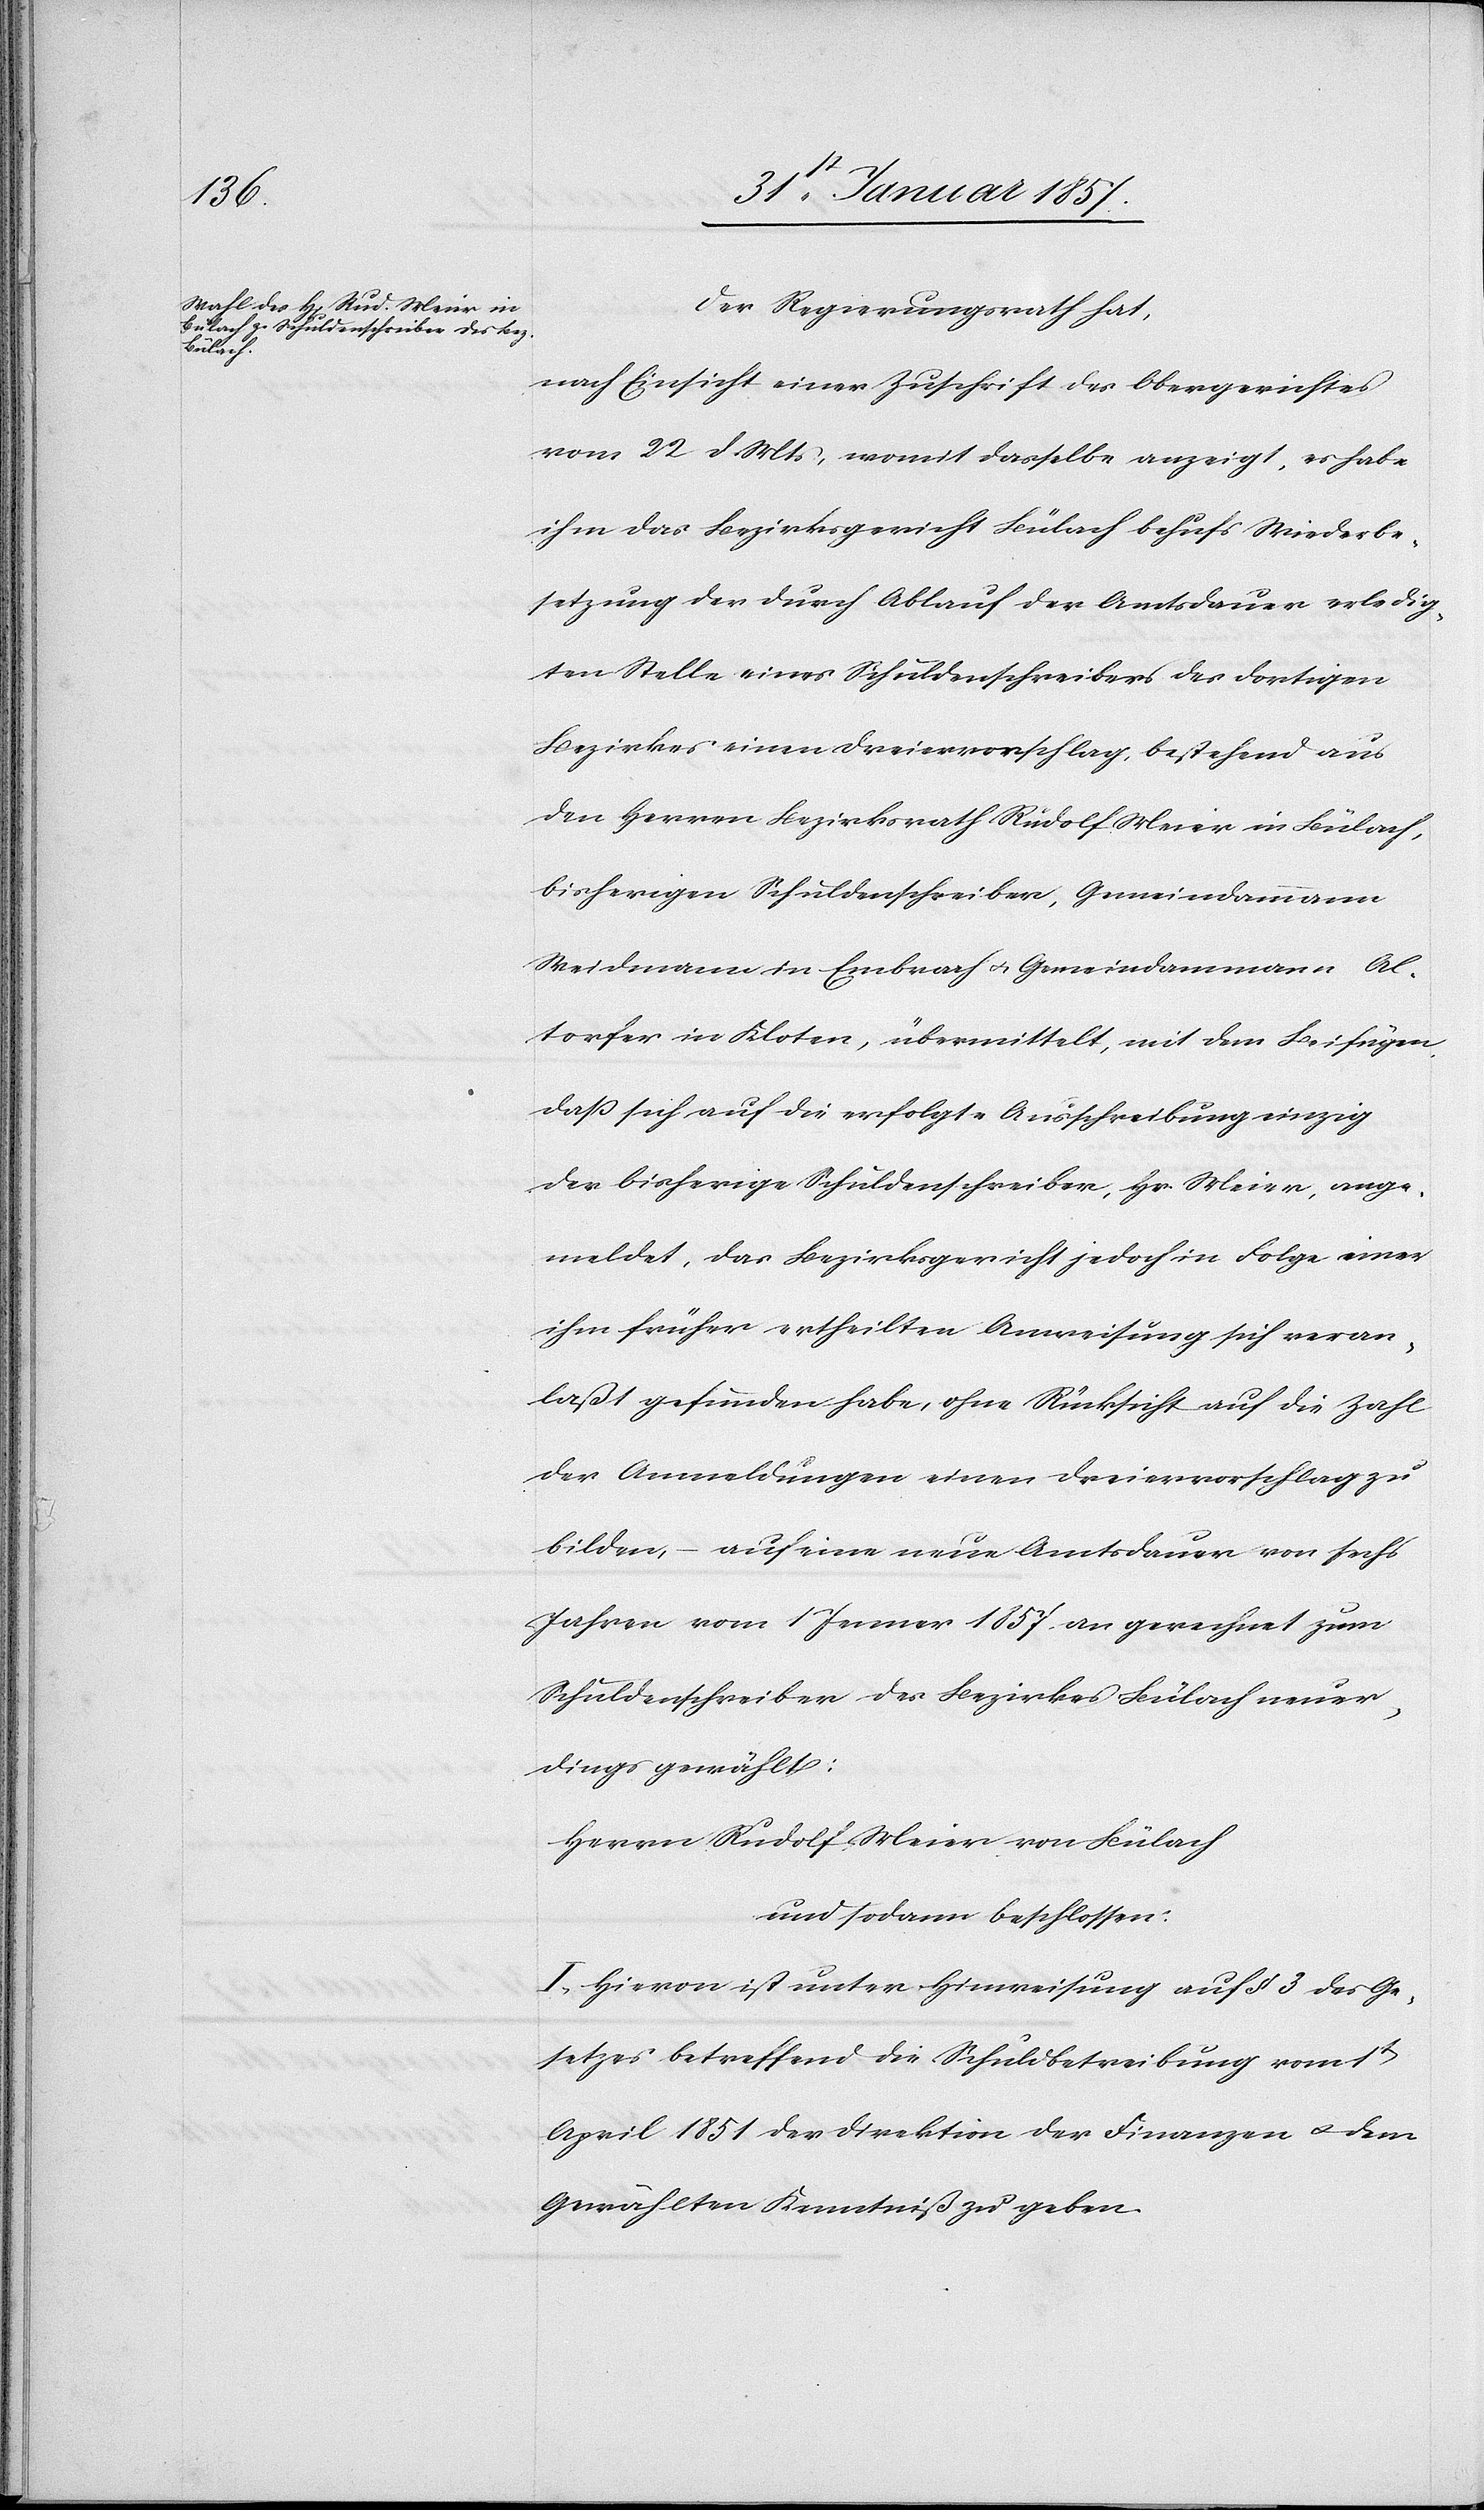
Der Regierungsrath hat,
nach Einsicht einer Zuschrift des Obergerichtes
vom 22 d. Mts, womit dasselbe anzeigt, es habe
ihm das Bezirksgericht Bülach behufs Wiederbe¬
setzung der durch Ablauf der Amtsdauer erledig¬
ten Stelle eines Schuldenschreiber des dortigen
Bezirkes einen Dreiervorschlag, bestehend aus
den Herren Bezirksrath Rudolf Meier in Bülach,
bisheriger Schuldenschreiber, Gemeindammann,
Weidmann in Embrach u. Gemeindammann Al¬
torfer in Kloten, übermittelt, mit dem Beifügen
daß sich auf die erfolgte Ausschreibung einzig
der bisherige Schuldenschreiber, Hr. Meier, ange¬
meldet, das Bezirksgericht jedoch in Folge einer
ihm früher ertheilten Anweisung sich veran¬
laßt gefunden habe, ohne Rücksicht auf die Zahl
der Anmeldungen einen Dreiervorschlag zu
bilden, – auf eine neue Amtsdauer von sechs
Jahren vom 1 Jenner 1857 an gerechnet zum
Schuldenschreiber des Bezirks Bülach neuer¬
dings gewählt:
Herrn Rudolf Meier von Bülach
und sodann beschlossen:
I. Hievon ist unter Hinweisung auf § 3 des Ge¬
setzes betreffend die Schuldbetreibung vom 1t
April 1851 der Direktion der Finanzen u. dem
Gewählten Kenntniß zu geben.